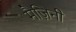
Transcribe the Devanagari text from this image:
मैज़िनी